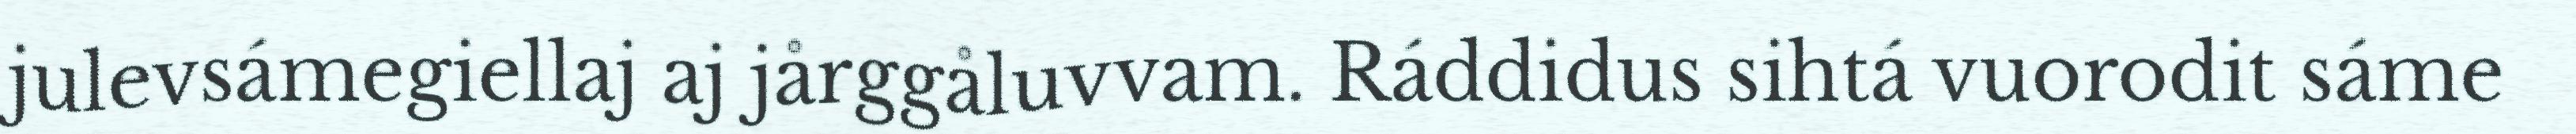
julevsámegiellaj aj jårggåluvvam. Ráddidus sihtá vuorodit sáme